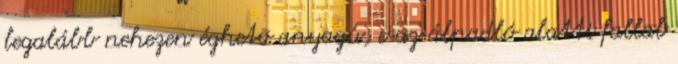
legalább nehezen éghetõ anyagú, c az álpadló alatti fallal